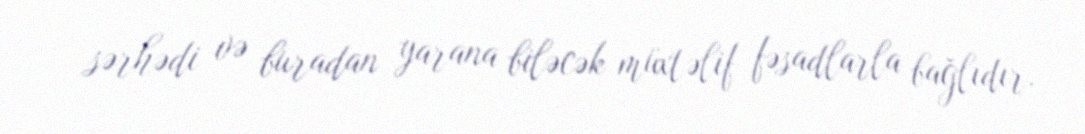
sərhədi və buradan yarana biləcək müxtəlif fəsadlarla bağlıdır.